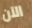
الآن